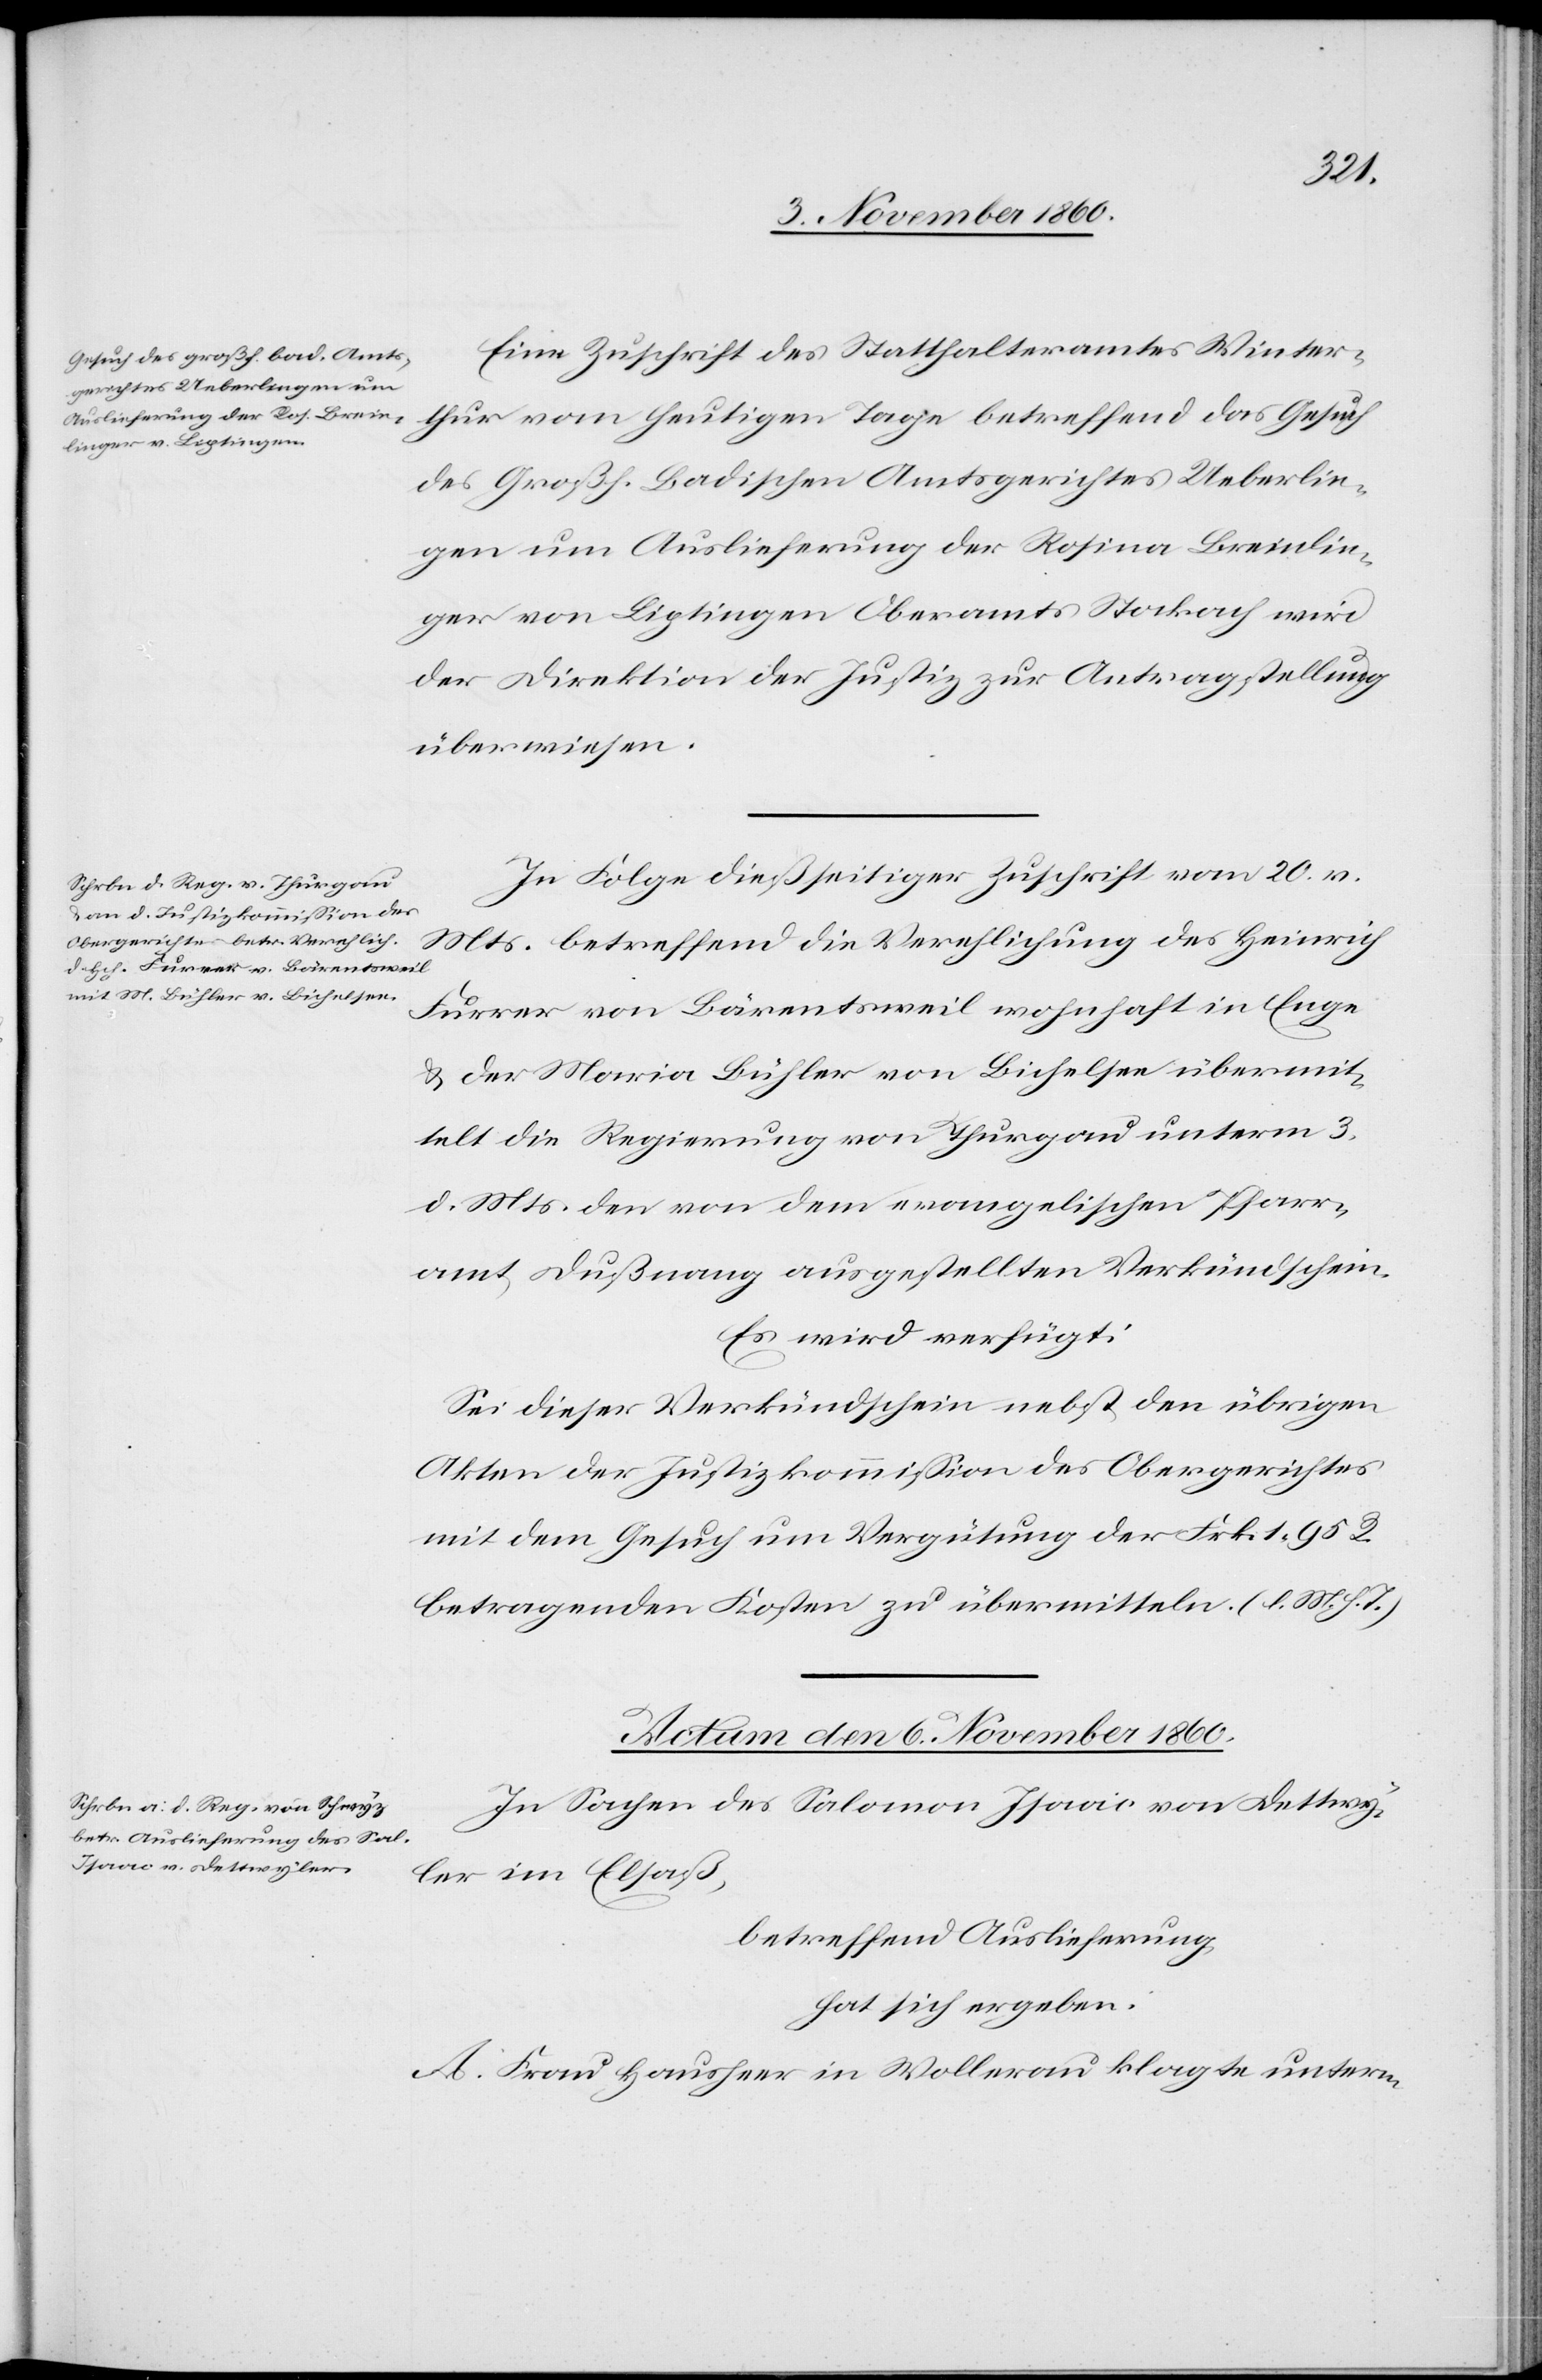
Eine Zuschrift des Statthalteramtes Winter¬
thur vom heutigen Tage betreffend das Gesuch
des Großh. Badischen Amtsgerichtes Ueberlin¬
gen um Auslieferung der Rosina Breinlin¬
ger von Liptingen Oberamts Stockach wird
der Direktion der Justiz zur Antragstellung
überwiesen.
In Folge dießseitiger Zuschrift vom 20. v.
Mts. betreffend die Verehlichung des Heinrich
Furrer von Bärentsweil wohnhaft in Enge
u. der Maria Bühler von Bichelsee übermit¬
telt die Regierung von Thurgau unterm 3.
d. Mts. den von dem evangelischen Pfarr¬
amt Dußnang ausgestellten Verkündschein.
Es wird verfügt:
Sei dieser Verkündschein nebst den übrigen
Akten der Justizkommission des Obergerichtes
mit dem Gesuch um Verkündung der Frk. 1 95 R.
betragenden Kosten zu übermitteln. (l. M. h. T.)
Actum den 6. November 1860.
In Sachen des Salomon Isaac von Dettwy¬
ler im Elsaß,
betreffend Auslieferung
hat sich ergeben:
A. Frau Hausheer in Wollerau klagte unterm